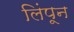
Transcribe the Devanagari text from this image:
लिंपून